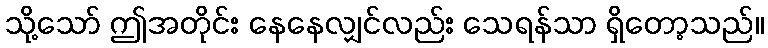
သို့သော် ဤအတိုင်း နေနေလျှင်လည်း သေရန်သာ ရှိတော့သည်။